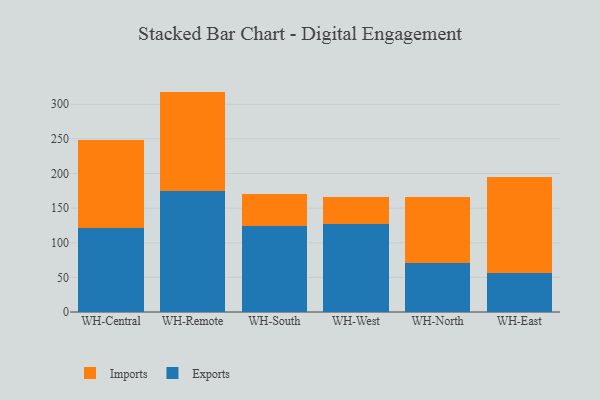
{"axis": {"x": "Warehouse", "y": "Market Share (%)"}, "legend": ["Exports", "Imports"], "data": [{"x": "WH-Central", "y": 121.5, "type": "Exports"}, {"x": "WH-Central", "y": 126.3, "type": "Imports"}, {"x": "WH-Remote", "y": 175.0, "type": "Exports"}, {"x": "WH-Remote", "y": 143.3, "type": "Imports"}, {"x": "WH-South", "y": 123.8, "type": "Exports"}, {"x": "WH-South", "y": 46.8, "type": "Imports"}, {"x": "WH-West", "y": 127.4, "type": "Exports"}, {"x": "WH-West", "y": 39.2, "type": "Imports"}, {"x": "WH-North", "y": 70.1, "type": "Exports"}, {"x": "WH-North", "y": 95.4, "type": "Imports"}, {"x": "WH-East", "y": 56.8, "type": "Exports"}, {"x": "WH-East", "y": 138.4, "type": "Imports"}]}